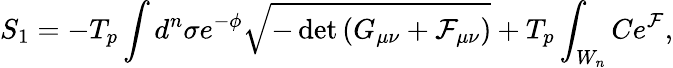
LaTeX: S_{1}=-T_{p}\int d^{n}\sigma e^{-\phi}\sqrt{-\operatorname*{det}{\left(G_{\mu\nu}+{\cal F}_{\mu\nu}\right)}}+T_{p}\int_{W_{n}}Ce^{\cal F},